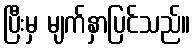
ပြီးမှ မျက်နှာပြင်သည်။